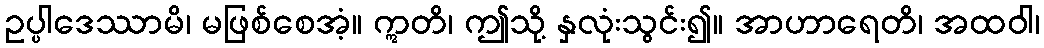
ဥပ္ပါဒေဿာမိ၊ မဖြစ်စေအံ့။ ဣတိ၊ ဤသို့ နှလုံးသွင်း၍။ အာဟာရေတိ၊ အထဝါ၊